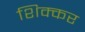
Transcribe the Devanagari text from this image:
शिक्कर